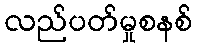
လည်ပတ်မှုစနစ်